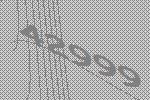
42999